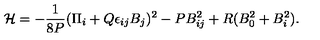
{ \cal H } = - { \frac { 1 } { 8 P } } ( \Pi _ { i } + Q \epsilon _ { i j } B _ { j } ) ^ { 2 } - P B _ { i j } ^ { 2 } + R ( B _ { 0 } ^ { 2 } + B _ { i } ^ { 2 } ) .